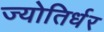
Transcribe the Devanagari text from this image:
ज्योतिर्धर